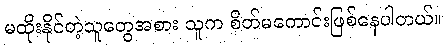
မထိုးနိုင်တဲ့သူတွေအစား သူက စိတ်မကောင်းဖြစ်နေပါတယ်။